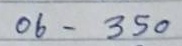
06 - 350